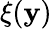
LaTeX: \xi(\mathbf{y})